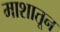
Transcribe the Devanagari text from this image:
माशातून